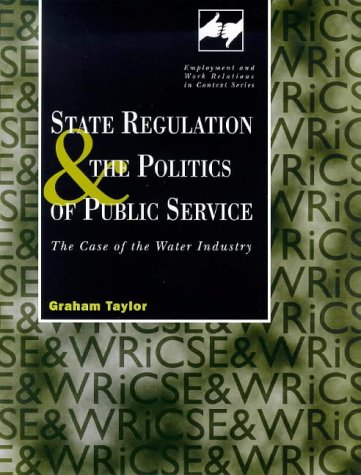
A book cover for State Regulation and the Politics of Public Service: The Case of the Water Industry (Routledge Studies in Employment and Work Relations in Context); Graham Taylor; Law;